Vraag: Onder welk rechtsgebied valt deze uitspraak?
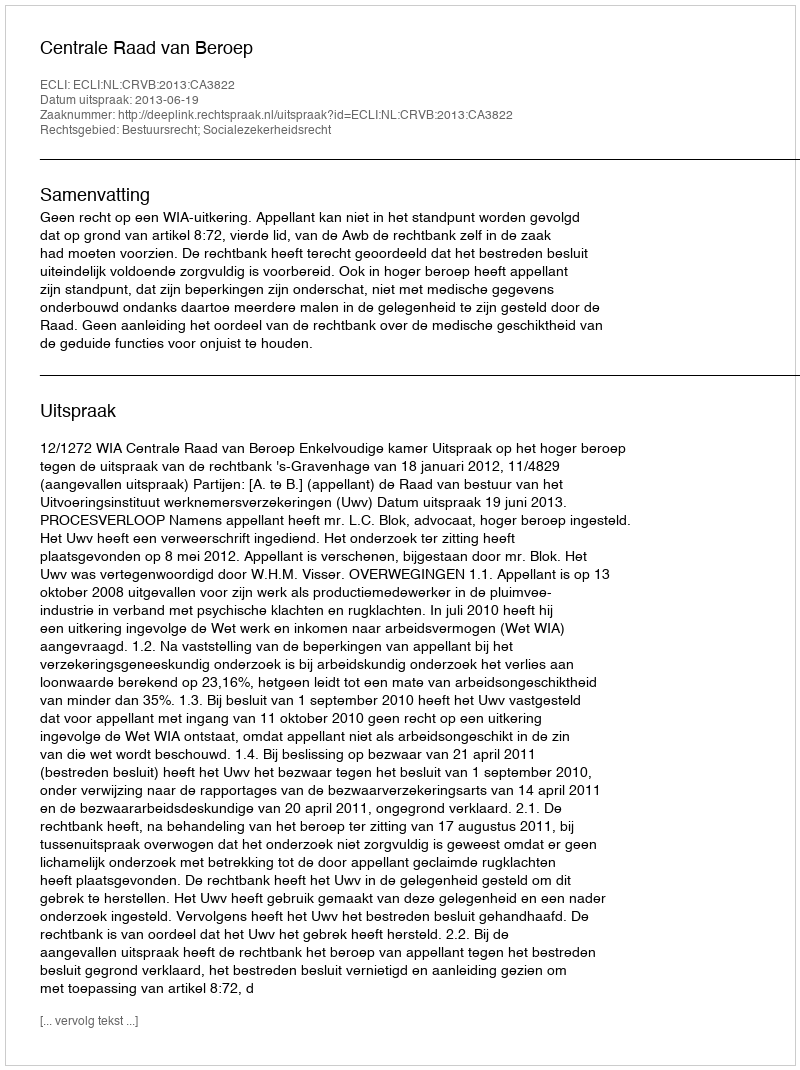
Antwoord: Bestuursrecht; Socialezekerheidsrecht